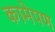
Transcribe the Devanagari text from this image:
कामेपण